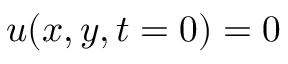
\boldsymbol u ( x , y , t = 0 ) = 0